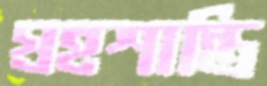
গ্রহশান্তি